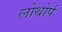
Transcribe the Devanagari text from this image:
लोथोर्प